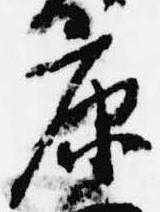
康